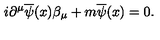
i \partial ^ { \mu } \overline { { \psi } } ( x ) \beta _ { \mu } + m \overline { { \psi } } ( x ) = 0 .